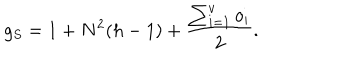
g _ { S } = 1 + N ^ { 2 } ( h - 1 ) + \frac { \sum _ { i = 1 } ^ { v } o _ { i } } { 2 } .